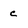
Character: c